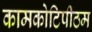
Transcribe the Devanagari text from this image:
कामकोटिपीठम